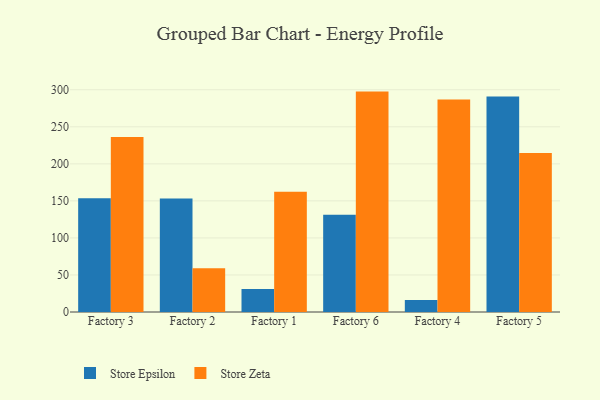
{"axis": {"x": "Factory", "y": "Tickets Resolved"}, "legend": ["Store Epsilon", "Store Zeta"], "data": [{"x": "Factory 3", "y": 153.7, "type": "Store Epsilon"}, {"x": "Factory 3", "y": 236.1, "type": "Store Zeta"}, {"x": "Factory 2", "y": 153.2, "type": "Store Epsilon"}, {"x": "Factory 2", "y": 59.1, "type": "Store Zeta"}, {"x": "Factory 1", "y": 30.9, "type": "Store Epsilon"}, {"x": "Factory 1", "y": 162.4, "type": "Store Zeta"}, {"x": "Factory 6", "y": 131.2, "type": "Store Epsilon"}, {"x": "Factory 6", "y": 297.5, "type": "Store Zeta"}, {"x": "Factory 4", "y": 16.2, "type": "Store Epsilon"}, {"x": "Factory 4", "y": 286.7, "type": "Store Zeta"}, {"x": "Factory 5", "y": 290.8, "type": "Store Epsilon"}, {"x": "Factory 5", "y": 214.6, "type": "Store Zeta"}]}